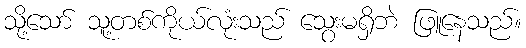
သို့သော် သူ့တစ်ကိုယ်လုံးသည် သွေးမရှိဘဲ ဖြူနေသည်။